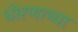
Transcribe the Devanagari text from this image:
धोरणाच्‍या